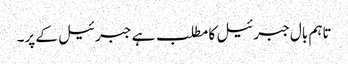
تاہم بال جبرئیل کا مطلب ہے جبرئیل کے پر۔